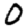
Digit: 0